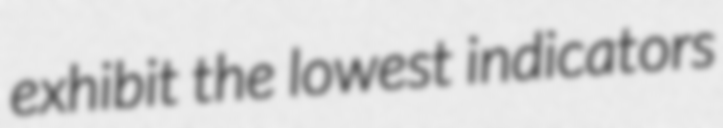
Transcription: exhibit the lowest indicators